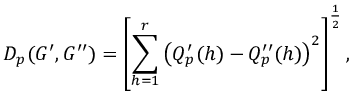
D _ { p } ( G ^ { \prime } , G ^ { \prime \prime } ) = \left[ \sum _ { h = 1 } ^ { r } \left( Q _ { p } ^ { \prime } ( h ) - Q _ { p } ^ { \prime \prime } ( h ) \right) ^ { 2 } \right] ^ { \frac { 1 } { 2 } } ,